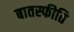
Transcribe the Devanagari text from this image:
बातस्फीति